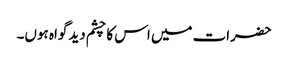
حضرات میں اس کا چشم دید گواہ ہوں۔